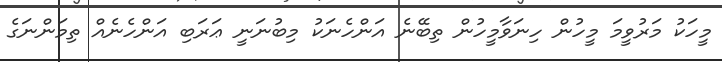
މީހަކު މަރުވީމަ މީހުން ހިނަވާމީހުން ތިބޭނެ އަންހެނަކު މިބުނަނީ ޢަރަބި އަންހެނެއް ތިމަންނަގެ